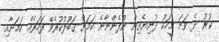
ކުރު ދެ ވަނަ މީހަކު ދުނިޔެއިން ނުފެންނާނެ ކަމަށް ގަބޫލުކުރެވޭ ފަހަރެއް ކަމަށާއި